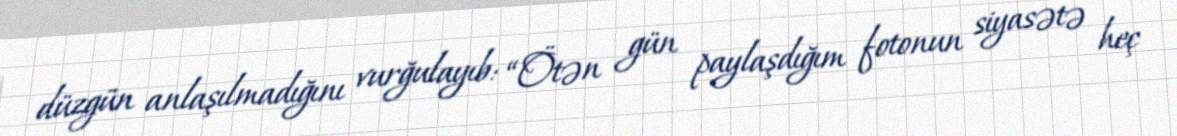
düzgün anlaşılmadığını vurğulayıb: “Ötən gün paylaşdığım fotonun siyasətə heç